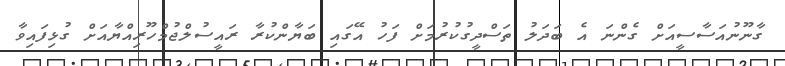
ގާނޫނުއަސާސީއަށް ގެންނަ އެ ބަދަލު ތަސްދީގުކުރުމަށް ފަހު އޭގައި ބަޔާންކުރާ ރައީސުލްޖުމްހޫރިއްޔާއަށް ގުޅިފައިވާ